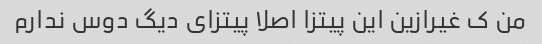
من ک غیرازین این پیتزا اصلا پیتزای دیگ دوس ندارم